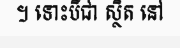
។ ទោះបីជា ស្ថិត នៅ